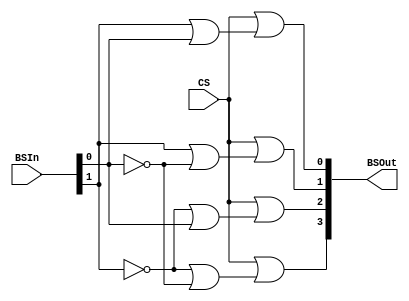
`timescale 1ns / 1ps
//////////////////////////////////////////////////////////////////////////////////
// Company: 
// Engineer: 
// 
// Design Name: 
// Module Name:    BankSelectDecoder 
// Project Name: 
// Target Devices: 
// Tool versions: 
// Description: 
//
// Dependencies: 
//
// Revision: 
// Revision 0.01 - File Created
// Additional Comments: 
//
//////////////////////////////////////////////////////////////////////////////////
module BankSelectDecoder(
	BSOut,
	BSIn,
	CS
    );

	output [3 : 0] BSOut;	// Bank Select Output
	input [1 : 0] BSIn; 		// Bank Select Input
	input CS;					// Active Low Chip Select
	
	or(BSOut_node0, BSIn[1], BSIn[0]);
	or(BSOut_node1, BSIn[1], ~BSIn[0]);
	or(BSOut_node2, ~BSIn[1], BSIn[0]);
	or(BSOut_node3, ~BSIn[1], ~BSIn[0]);
	
	or(BSOut[0], CS, BSOut_node0);
	or(BSOut[1], CS, BSOut_node1);
	or(BSOut[2], CS, BSOut_node2);
	or(BSOut[3], CS, BSOut_node3);

endmodule